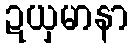
ဍယှမာနာ